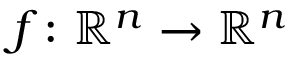
f \colon \ensuremath { \mathbb { R } } ^ { n } \to \ensuremath { \mathbb { R } } ^ { n }